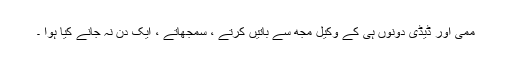
ممی اور ڈیڈی دونوں ہی کے وکیل مجھ سے باتیں کرتے ، سمجھاتے ، ایک دن نہ جانے کیا ہوا ۔